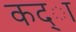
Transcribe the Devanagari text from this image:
कद्ा